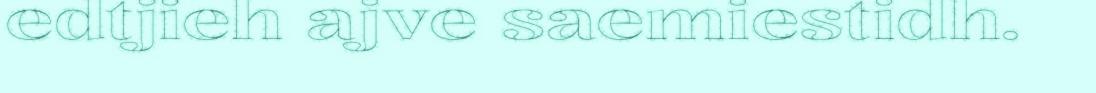
edtjieh ajve saemiestidh.